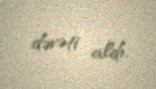
dəvəti aldı.